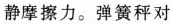
静摩擦力。弹簧秤对